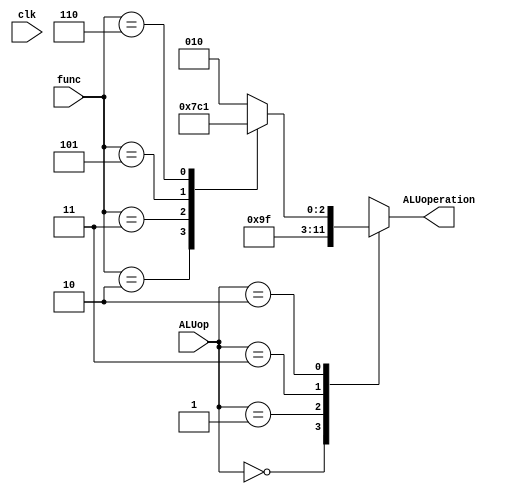
`timescale 1ns/1ns
module ALUcontrol(input [5:0] func,input clk,input [1:0] ALUop,output reg [2:0] ALUoperation);
	always @(clk) begin
		ALUoperation = 3'b010;
		case(ALUop)
			2'b00: ALUoperation = 3'b010;
			2'b01: ALUoperation = 3'b011;
			2'b11: ALUoperation = 3'b111;
			2'b10: begin
				case(func)
					6'b000000:ALUoperation = 3'b010;
					6'b000010:ALUoperation = 3'b011;
					6'b000011:ALUoperation = 3'b111;
					6'b000101:ALUoperation = 3'b000;
					6'b000110:ALUoperation = 3'b001;
				endcase
				end
		endcase 
	end 
endmodule